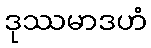
ဒုဿမာဒဟံ